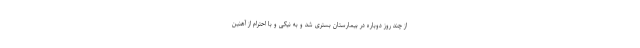
از چند روز دوباره در بیمارستان بستری شد و به نیکی و با احترام از آهنین